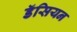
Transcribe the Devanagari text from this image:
डॅसियन